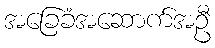
အခြေခံအဆောက်အဦ